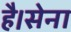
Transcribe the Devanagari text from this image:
है।सेना